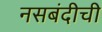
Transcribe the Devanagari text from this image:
नसबंदीची